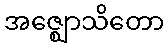
အဇ္ဈောသိတော